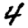
Digit: 4